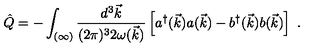
\hat { Q } = - \int _ { ( \infty ) } \frac { d ^ { 3 } \vec { k } } { ( 2 \pi ) ^ { 3 } 2 \omega ( \vec { k } ) } \left[ a ^ { \dagger } ( \vec { k } ) a ( \vec { k } ) - b ^ { \dagger } ( \vec { k } ) b ( \vec { k } ) \right] \ .